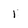
Character: 1